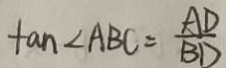
\tan \angle A B C = \frac { A D } { B D }